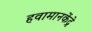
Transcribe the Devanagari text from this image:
हवामानकेंद्रे